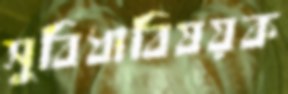
সুবিধাবিষয়ক